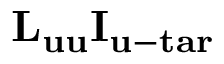
{ { \mathbf { L } } _ { { \mathbf { u u } } } } { { \mathbf { I } } _ { { \mathbf { u - t a r } } } }